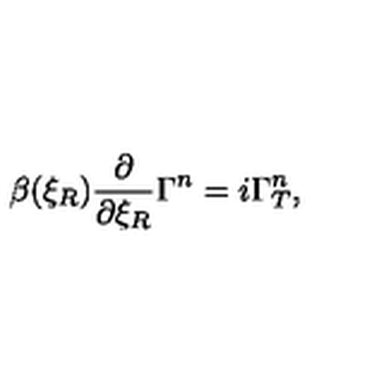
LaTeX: \beta ( \xi _ { R } ) { \frac { \partial } { \partial \xi _ { R } } } \Gamma ^ { n } = i \Gamma _ { T } ^ { n } ,